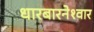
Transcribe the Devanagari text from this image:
धारबारनेश्‍वार